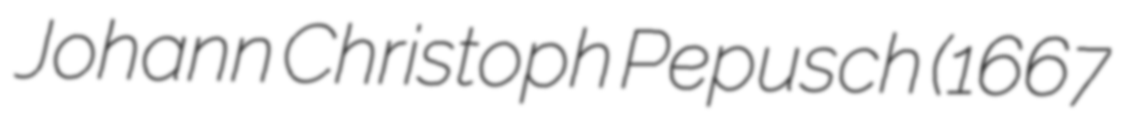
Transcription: Johann Christoph Pepusch (1667